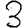
Digit: 3